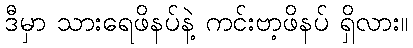
ဒီမှာ သားရေဖိနပ်နဲ့ ကင်းဗာ့ဖိနပ် ရှိလား။